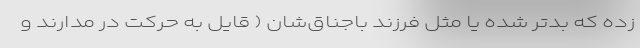
زده که بدتر شده یا مثل فرزند باجناق‌شان ( قایل به حرکت در مدارند و